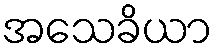
အသေခိယာ